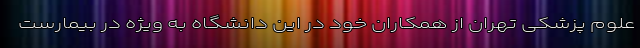
علوم پزشکی تهران از همکاران خود در این دانشگاه به ویژه در بیمارست